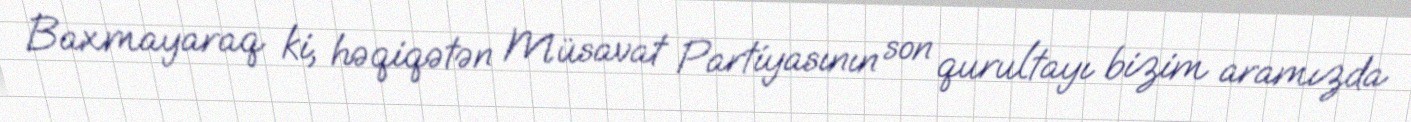
Baxmayaraq ki, həqiqətən Müsavat Partiyasının son qurultayı bizim aramızda